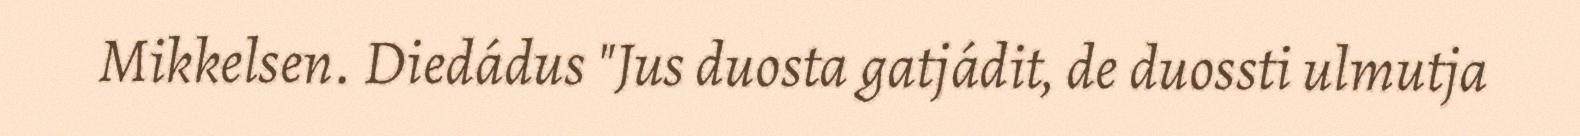
Mikkelsen. Diedádus "Jus duosta gatjádit, de duossti ulmutja